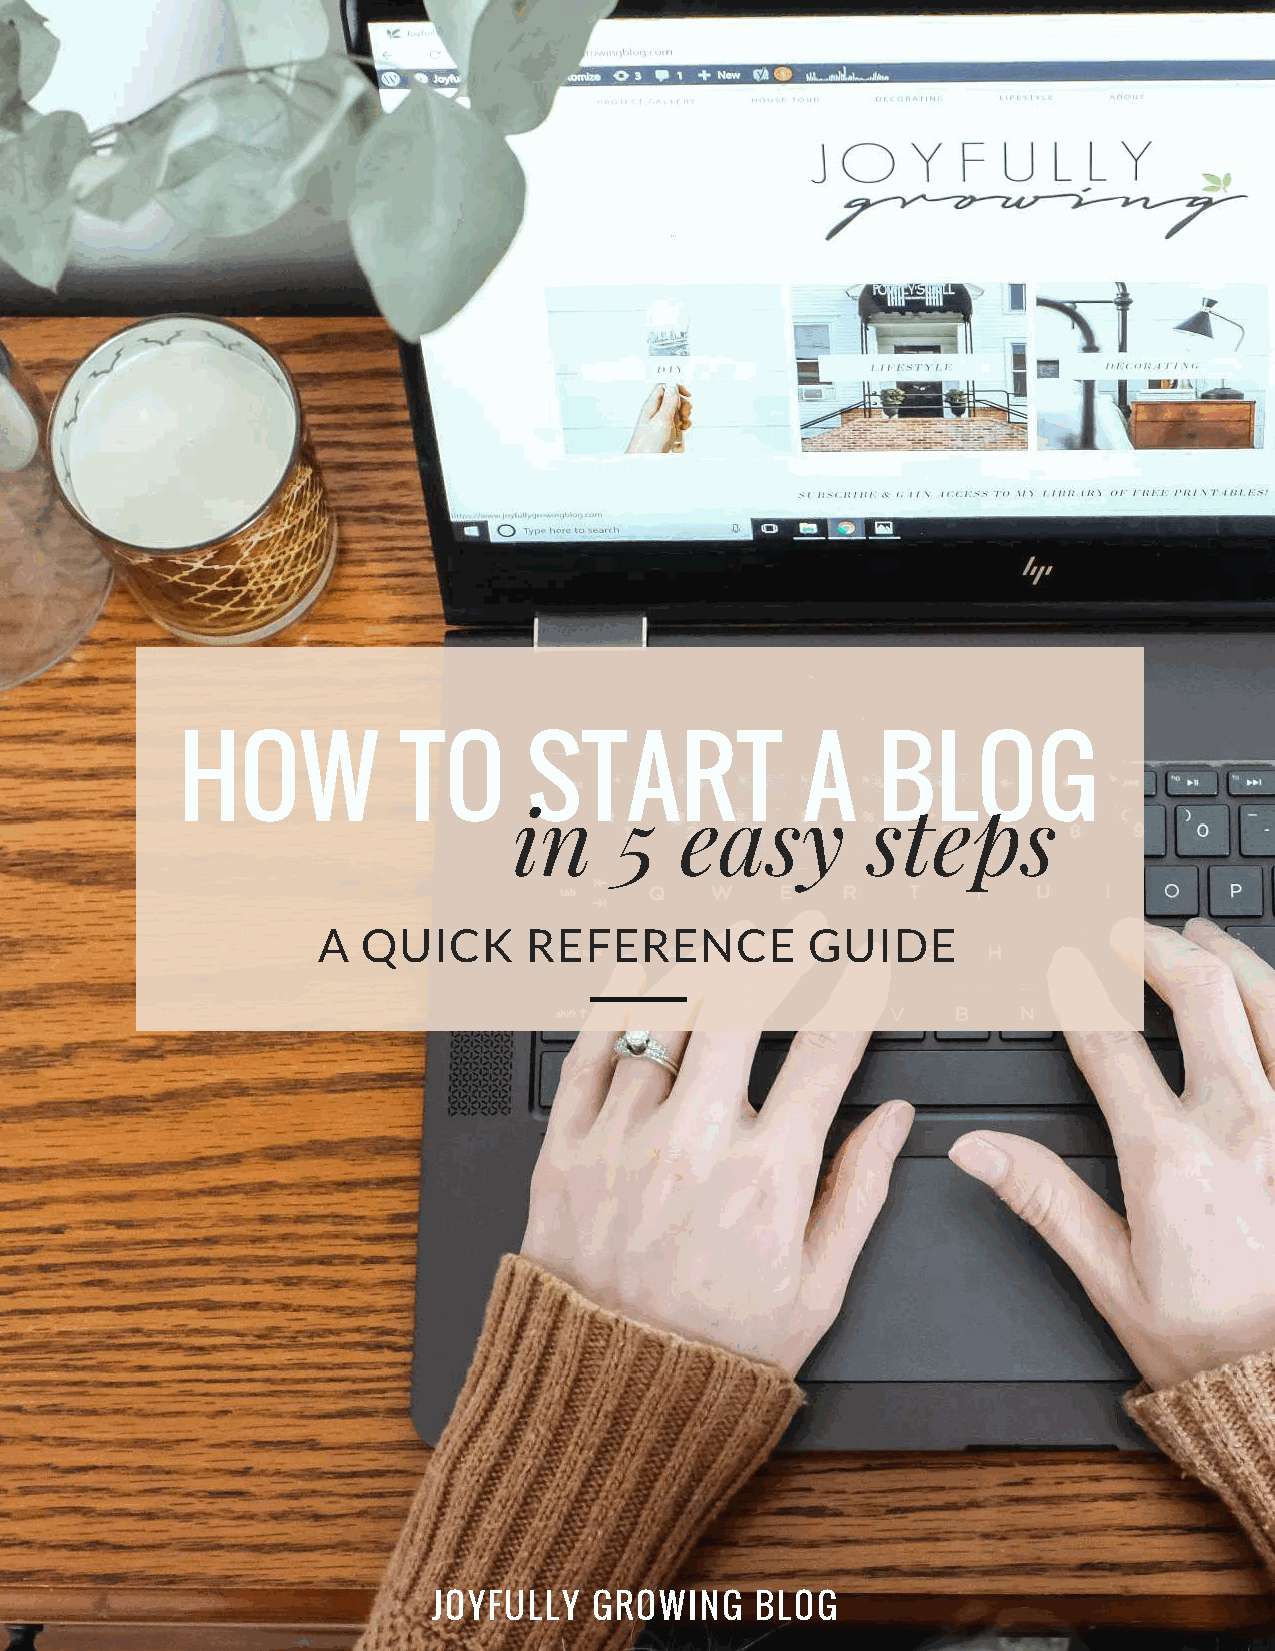
HOW           TO       START             A    BLOG
 in     5   easy        steps
 A  QUICK      REFERENCE          GUIDE
 JOYFULLY  GROWING    BLOG